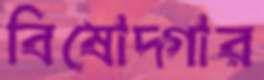
বিষোদ্গার